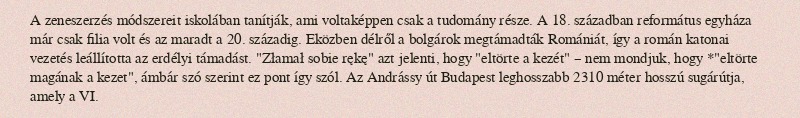
A zeneszerzés módszereit iskolában tanítják, ami voltaképpen csak a tudomány része. A 18. században református egyháza már csak filia volt és az maradt a 20. századig. Eközben délről a bolgárok megtámadták Romániát, így a román katonai vezetés leállította az erdélyi támadást. "Złamał sobie rękę" azt jelenti, hogy "eltörte a kezét" – nem mondjuk, hogy *"eltörte magának a kezet", ámbár szó szerint ez pont így szól. Az Andrássy út Budapest leghosszabb 2310 méter hosszú sugárútja, amely a VI.